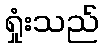
ရှုံးသည်